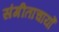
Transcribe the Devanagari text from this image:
संगीताचार्यों